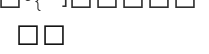
٦٠